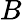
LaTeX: B